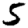
Digit: 5